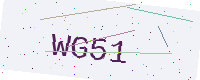
Text: WG51